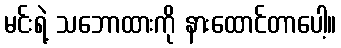
မင်းရဲ့ သဘောထားကို နားထောင်တာပေါ့။